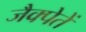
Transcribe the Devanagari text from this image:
जैक्पेतें